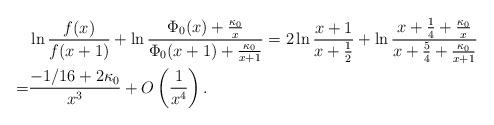
LaTeX: \begin{align*}&\ln \frac{f(x)}{f(x+1)}+\ln\frac{\Phi_0(x)+\frac{\kappa_0}{x}}{\Phi_0(x+1)+\frac{\kappa_0}{x+1}}=2\ln \frac{x+1}{x+\frac 12}+\ln\frac{x+\frac 14+\frac{\kappa_0}{x}}{x+\frac 54+\frac{\kappa_0}{x+1}}\\=&\frac{-1/16 + 2\kappa_0}{x^3}+O\left(\frac{1}{x^4}\right).\end{align*}